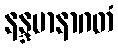
နန္ဒမာနာဂတံ